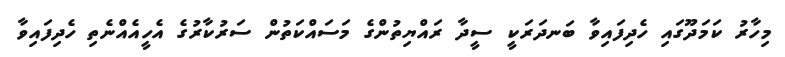
މިހާރު ކަމަދޫގައި ހެދިފައިވާ ބަނދަރަކީ ސީދާ ރައްޔިތުންގެ މަސައްކަތުން ސަރުކާރުގެ އެހީއެއްނެތި ހެދިފައިވާ